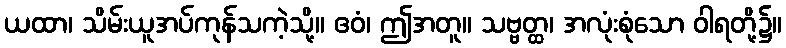
ယထာ၊ သိမ်းယူအပ်ကုန်သကဲ့သို့။ ဧဝံ၊ ဤအတူ။ သဗ္ဗတ္ထ၊ အလုံးစုံသော ဝါရတို့၌။